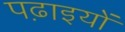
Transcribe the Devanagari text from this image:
पढ़ाइयों